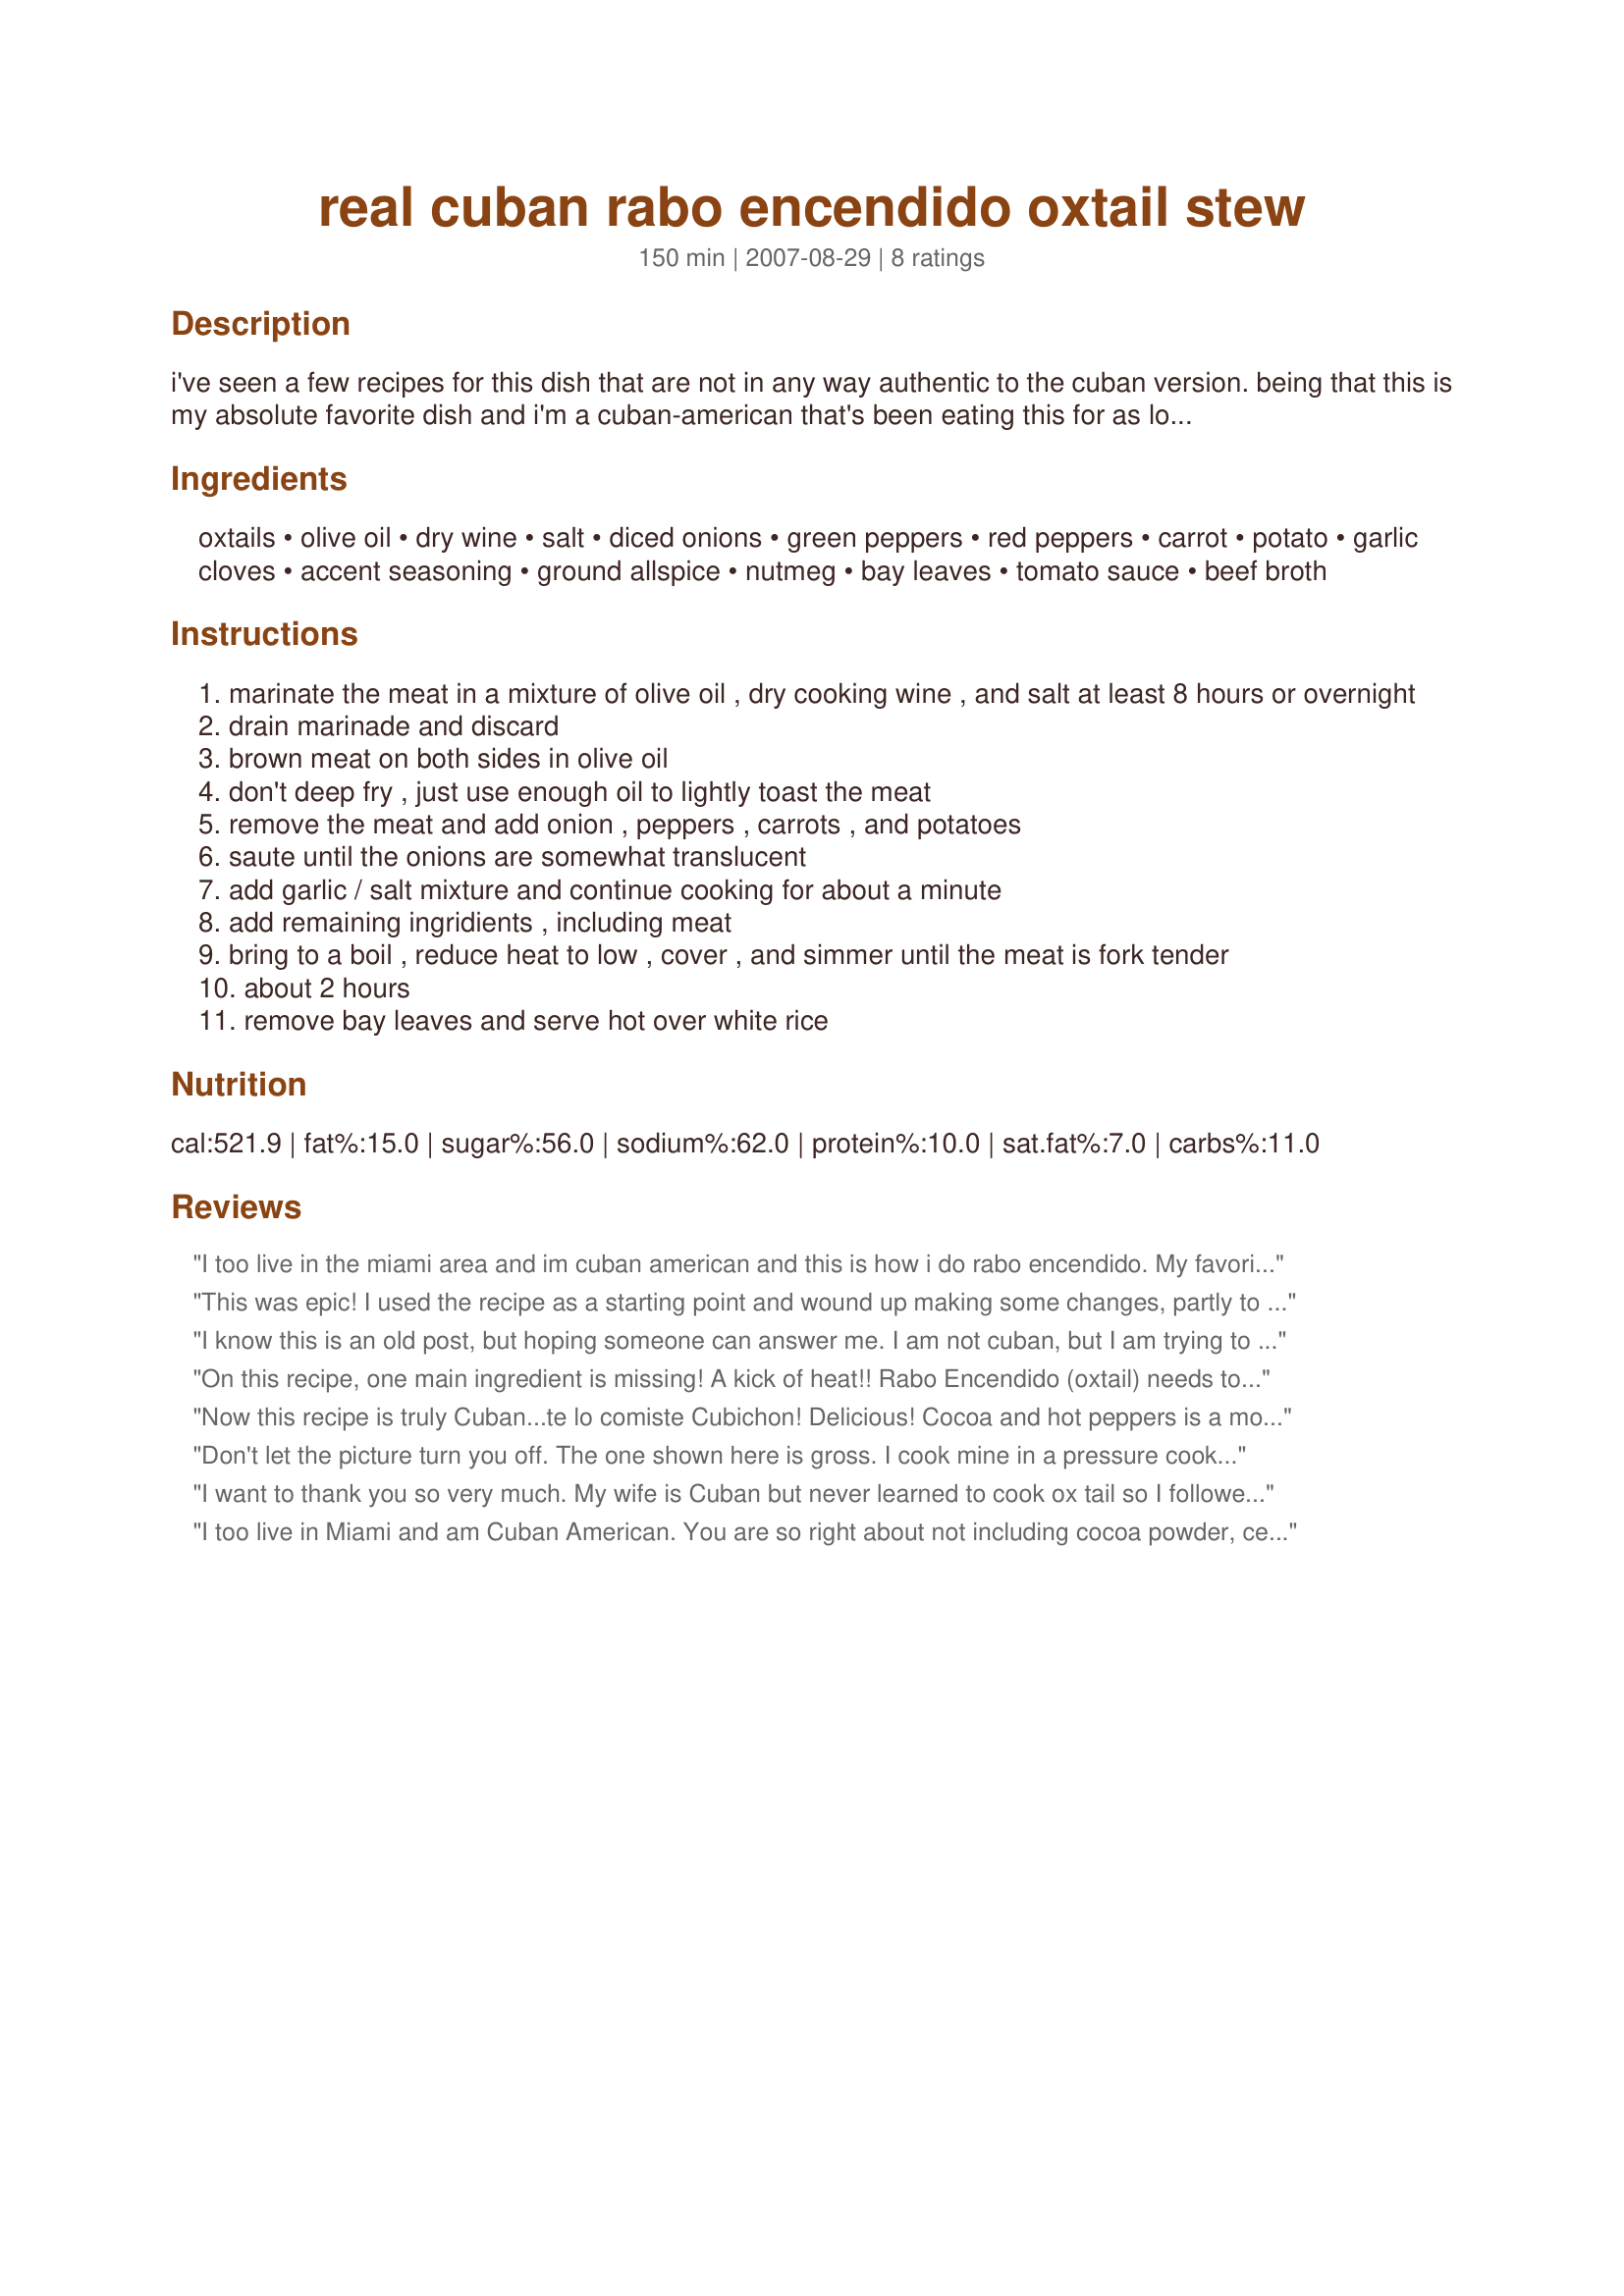
real cuban rabo encendido oxtail stew
Preparation time: 150 minutes

i've seen a few recipes for this dish that are not in any way authentic to the cuban version. being that this is my absolute favorite dish and i'm a cuban-american that's been eating this for as long as i can remember, i thought i'd share my version. here's the recipe that i and most cuban families here in miami use. of course, some people have their own special igredients, but i assure you that cocoa powder, celery, and chioptle chillies are not used in the traditional cuban recipe. to me, what gives this dish its unique flavor is the dry cooking wine. i use edmundo, which is found in just about any grocery store. also, most people use perssure cookers and can have this done in less than 45 minutes. however, i use my trusty cast iron dutch oven and cook it for the full 2 hours. niehter method makes a noticable difference in taste, it's just a matter of how much time you have. hope you like it!

Ingredients:
oxtails, olive oil, dry wine, salt, diced onions, green peppers, red peppers, carrot, potato, garlic cloves, accent seasoning, ground allspice, nutmeg, bay leaves, tomato sauce, beef broth

Steps:
marinate the meat in a mixture of olive oil , dry cooking wine , and salt at least 8 hours or overnight
drain marinade and discard
brown meat on both sides in olive oil
don't deep fry , just use enough oil to lightly toast the meat
remove the meat and add onion , peppers , carrots , and potatoes
saute until the onions are somewhat translucent
add garlic / salt mixture and continue cooking for about a minute
add remaining ingridients , including meat
bring to a boil , reduce heat to low , cover , and simmer until the meat is fork tender
about 2 hours
remove bay leaves and serve hot over white rice

Reviews:
I too live in the miami area and im cuban american and this is how i do rabo encendido. My favorite dish EVER!
This was epic! I used the recipe as a starting point and wound up making some changes, partly to use up some ingredients lingering in my pantry. My other motivation was to make something nostalgic for my roommate, who ate a soup like this back home. For the meat, I used both oxtail and about three pounds of grass-fed soup bones, marinated overnight in sherry instead of dry wine. I added corn on the cob (the frozen quartered type) and green cabbage per my roomate's suggestion. I also added extra bell peppers, either orange or yellow. I didn't have Accent, and in additon to the Goya tomato sauce, I used up a few cans of red enchilada sauce I had kicking around the pantry. I wound up adding water too, and since this was my first homemade soup, it came out much thinner than pictured. But the result was great! The spices and the vegetables together with all the collagen from the bones makes a hearty and deeply satisfying broth. The oxtail was melt-in-your-mouth perfection. The marrow was delicious, and even the tendon on the bones was soft and buttery. If you wind up making a big batch with soup bones, I'd recommend adding some stew meat. It didn't take long for the whole pot to be happily devoured in my house. Thank you for sharing!
I know this is an old post, but hoping someone can answer me. I am not cuban, but I am trying to make this dish as a surprise for my boyfriend who I swear asks like he is in heaven when he gets this when down in Miami. Ive seen a few recipes and I am not sure which restaurant he goes to or I would just ask them, but there is little differences in what I seen online so I am slightly confused. Some call for oregano or Dominican oregano and cumin and others dont. Some even call for lemon or lime juice. Please advise how big is the difference when adding or discarding these ingredients. Thanks in advance for your help.
On this recipe, one main ingredient is missing! A kick of heat!! Rabo Encendido (oxtail) needs to be spicy. 1/2 tsp.crushed red pepper. The name it said it all.
Now this recipe is truly Cuban...te lo comiste Cubichon!
Delicious!
Cocoa and hot peppers is a mole recipe....authenic Mexican maybe, not Cuban.
Don't let the picture turn you off. The one shown here is gross. I cook mine in a pressure cooker and it takes half the time. I use yellow onions, green pepper, garlic, cumin, oregano, dry white wine, bay leaf, s & p. Plain simple, turns out great and delicious every time. I also am Cuban.
I want to thank you so very much. My wife is Cuban but never learned to cook ox tail so I followed your recipe. It was as good as any restaurant in Miami I&#039;ve had before. We are so full. Wow. Amazing.
I too live in Miami and am Cuban American. You are so right about not including cocoa powder, celery, and chioptle chillies in the recipe if you want an authentic Cuban Rabo Encendido. I never have used allspice or nutmeg but I know some Cuban recipes do call for this. My mom never used it and I do love her Rabo Encendido.
